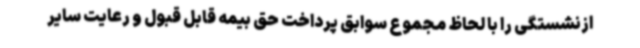
ازنشستگی را با لحاظ مجموع سوابق پرداخت حق بیمه قابل قبول و رعایت سایر